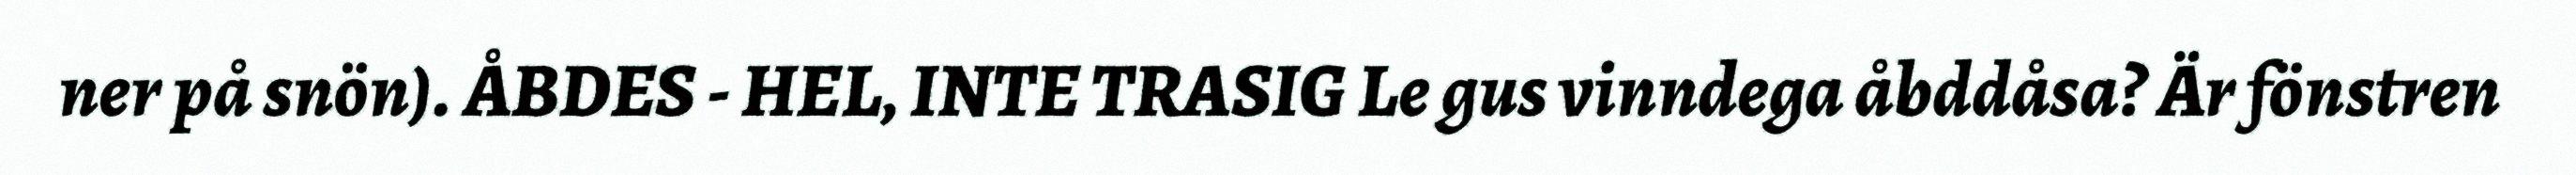
ner på snön). ÅBDES - HEL, INTE TRASIG Le gus vinndega åbddåsa? Är fönstren